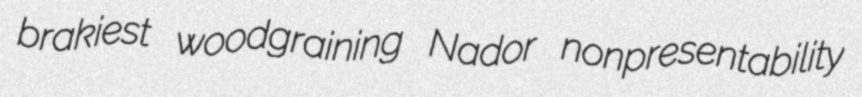
brakiest woodgraining Nador nonpresentability